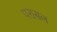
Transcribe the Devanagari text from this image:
परासल